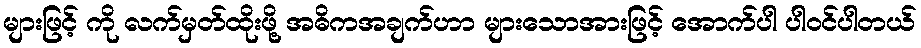
များဖြင့် ကို လက်မှတ်ထိုးဖို့ အဓိကအချက်ဟာ များသောအားဖြင့် အောက်ပါ ပါဝင်ပါတယ်